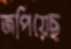
জপিয়েছ